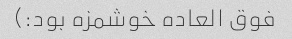
فوق العاده خوشمزه بود:)